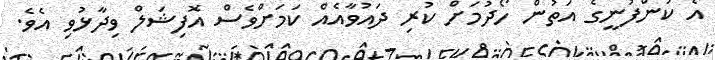
އެ ކުންފުނީގެ އަތުން ހޯދުމަށް ކުރި ދައުވާއެއް ކަމަށްވެސް އޮފިޝަލް ވިދާޅުވި އެވެ.